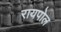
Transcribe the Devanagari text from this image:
रायपोल